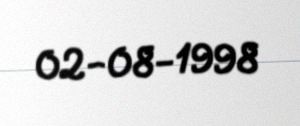
02-08-1998